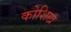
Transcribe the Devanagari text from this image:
कोशिख